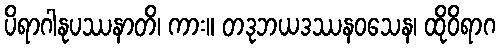
ပိရာဂါနုပဿနာတိ၊ ကား။ တဒုဘယဒဿနဝသေန၊ ထိုဝိရာဂ